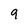
Character: 9